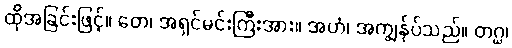
ထိုအခြင်းဖြင့်။ တေ၊ အရှင်မင်းကြီးအား။ အဟံ၊ အကျွန်ုပ်သည်။ တဂ္ဃ၊